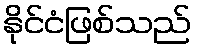
နိုင်ငံဖြစ်သည်